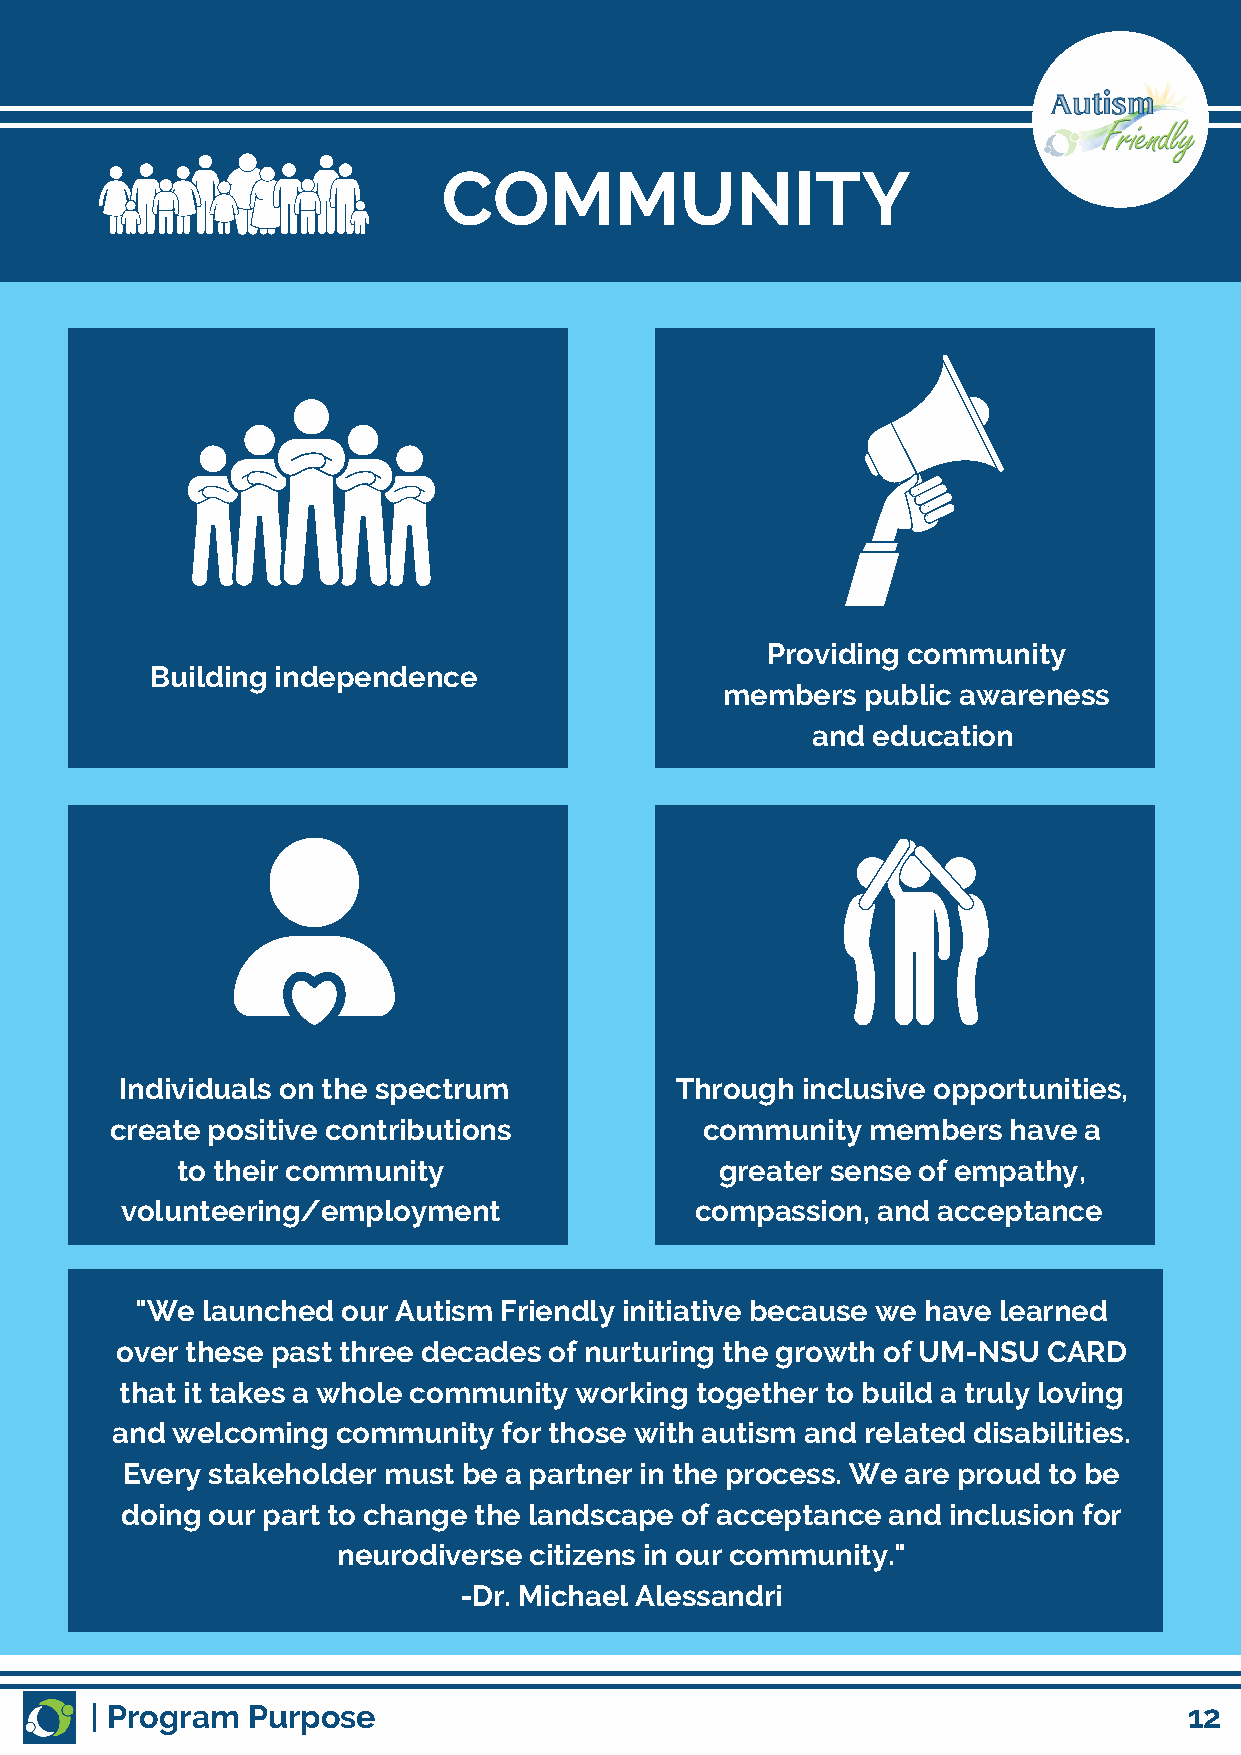
COMMUNITY
 Providing community
 Building independence
 members  public awareness
 and education
 Individuals on the spectrum          Through inclusive opportunities,
 create positive contributions           community  members  have a
 to their community                  greater sense of empathy,
 volunteering/employment               compassion, and acceptance
 "We launched  our Autism Friendly initiative because we have learned
 over these past three decades of nurturing the growth of UM-NSU CARD
 that it takes a whole community working together to build a truly loving
 and welcoming  community  for those with autism and related disabilities.
 Every stakeholder must be a partner in the process. We are proud to be
 doing our part to change the landscape of acceptance and inclusion for
 neurodiverse citizens in our community."
 -Dr. Michael Alessandri
 | Program Purpose                                                        12